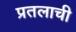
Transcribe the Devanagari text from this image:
प्रतलाची